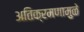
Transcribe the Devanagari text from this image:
अतिक्रमणामु़ळे